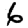
Digit: 6